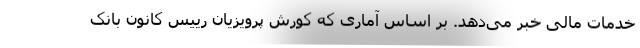
خدمات مالی خبر می‌دهد. بر اساس آماری که کورش پرویزیان رییس کانون بانک